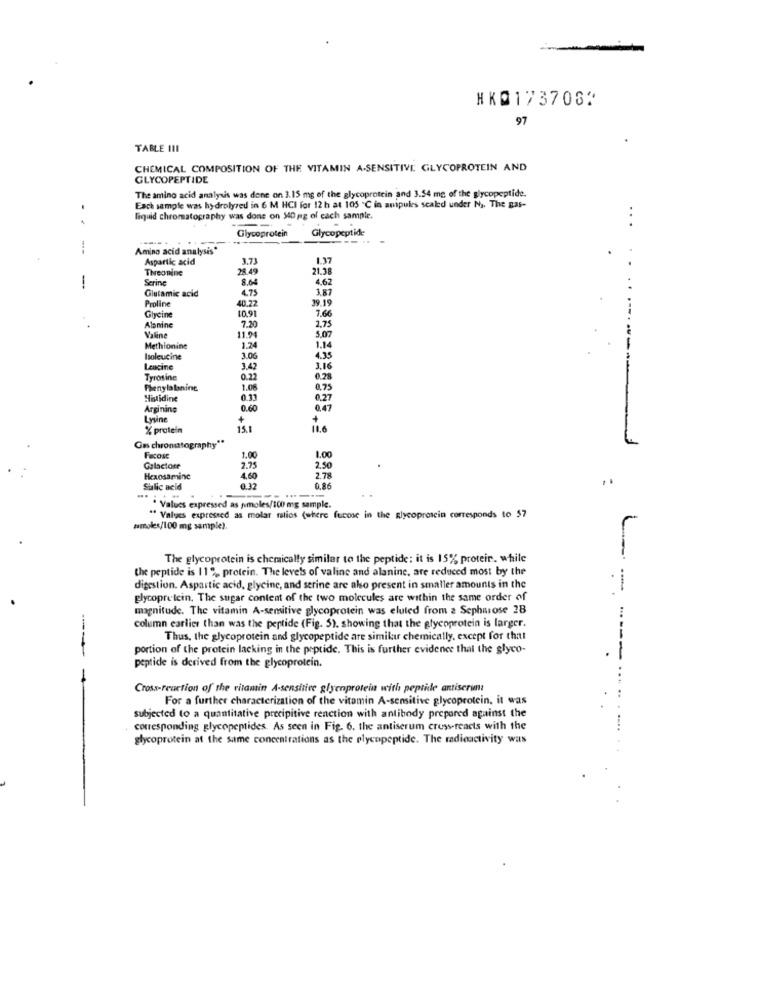
HK0173706.
97
TABLE III
CHEMICAL COMPOSITION OF THE VITAMIN A-SENSITIVE GLYCOPROTEIN AND
GLYCOPEPTIDE
The amino acid analysis was done on 3.15 mg of the glycoprotein and 3.54 mg of the glycopeptide.
Each sample was hydrolyzed in 6 M HCI for 12 h at 105 ℃ in anipules scaled under N). The Bas-
liquid chromatography was done on 540 mg of cach sample.
Glycoprotein
Glycopeptide
...
----
Amino acid analysis"
Aspartic acid
3.73
1.37
Threonine
28.49
21.38
Serine
8.64
4.62
1
Glutamic acid
3.87
Proline
40.22
4.75
39.19
10.91
7.66
Glycine
Alanine
7.20
2,75
Valine
11.94
1.74
5.07
Methionine
1.14
Isoleucine
3.06
4.35
Lengine
3.42
3,16
Tyrosine
0.22
0.28
Phenylalanine
1.06
0.75
Histidine
0.33
0.27
Arginine
0.60
0.47
Lysine
+
+
% protein
11.6
Gas chromatography **
1.00
Facose
1.00
2.75
2,50
Hexosaminc
4.60
2.78
Sialic acid
0.32
0,86
" Values expressed as pmoles/100 mg sample.
" Valves expressed as molar ratios (where fucose in the glycoprescin corresponds to $7
amoles/100 mg sample).
The glycoprotein is chemically similar to the peptide: it is 15% protein. while
the peptide is 11 % protein. The levels of valine and alanine, are reduced most by the
digestion. Aspartic acid, glycine, and serine are also present in smaller amounts in the
. .
glycoprotein, The sugar content of the two molecules are within the same order of
magnitude. The vitamin A-sensitive glycoprotein was eluted from 2 Sepharose 28
column earlier than was the peptide (Fig. 5). showing that the glycoprotein is larger.
Thus, the glycoprotein and glycopeptide are similar chemically, except for that
portion of the protein lacking in the peptide. This is further evidence that the glyco-
---
-- ----
peptide is derived from the glycoprotein.
..
Cross-reaction of the vitamin A-sensitive glycoprotein with peptide antiserun
For a further characterization of the vitamin A-sensitive glycoprotein, it was
subjected to a quantitative precipitive reaction with antibody prepared against the
corresponding glycopeptides. As seen in Fig. 6. the antiserum cross-reacts with the
glycoprotein at the same concentrations as the plycopeptide. The radioactivity was